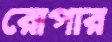
রোপার